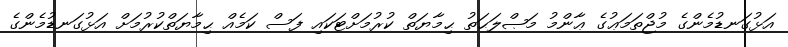
އަޅުގަނޑުމެންގެ މުޖްތަމަޢުގެ ޢާންމު މަޞްލަޙަތު ޙިމާޔަތް ކުރުމަށްޓަކައި ފަސް ކަމެއް ޙިމާޔަތްކުރުމަށް އަޅުގަނޑުމެންގެ